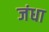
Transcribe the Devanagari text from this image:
जंधा